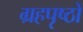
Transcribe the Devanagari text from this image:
ग्रहपृष्ठों